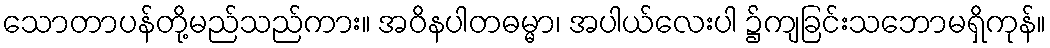
သောတာပန်တို့မည်သည်ကား။ အဝိနပါတဓမ္မာ၊ အပါယ်လေးပါ ၌ကျခြင်းသဘောမရှိကုန်။